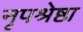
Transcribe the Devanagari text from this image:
नृपश्रेष्ठा